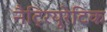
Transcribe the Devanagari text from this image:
नैट्रियूरेटिक